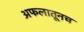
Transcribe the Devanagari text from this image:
अफलातूनच